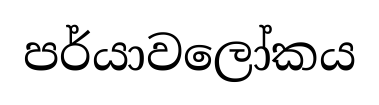
පර්යාවලෝකය